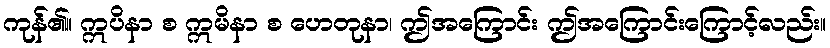
ကုန်၏။ ဣပိနာ စ ဣမိနာ စ ဟေတုနာ၊ ဤအကြောင်း ဤအကြောင်းကြောင့်လည်း။